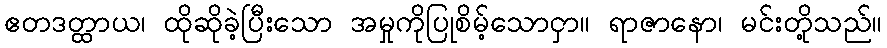
ဧတဒတ္ထာယ၊ ထိုဆိုခဲ့ပြီးသော အမှုကိုပြုစိမ့်သောငှာ။ ရာဇာနော၊ မင်းတို့သည်။